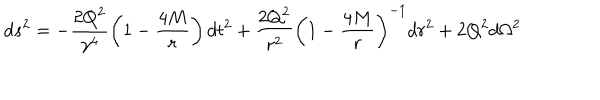
d s ^ { 2 } = - \frac { 2 Q ^ { 2 } } { \gamma ^ { 4 } } \left( 1 - \frac { 4 M } { r } \right) d t ^ { 2 } + \frac { 2 Q ^ { 2 } } { r ^ { 2 } } \left( 1 - \frac { 4 M } { r } \right) ^ { - 1 } d r ^ { 2 } + 2 Q ^ { 2 } d \Omega ^ { 2 }